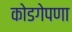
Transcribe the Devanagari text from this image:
कोडगेपणा